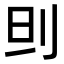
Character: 𠛣